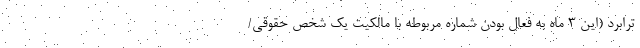
ترابرد (این ۳ ماه به فعال بودن شماره مربوطه با مالکیت یک شخص حقوقی/